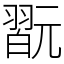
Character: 翫